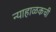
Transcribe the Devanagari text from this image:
न्याहाळकची